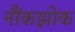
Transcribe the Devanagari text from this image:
नौंकझोक